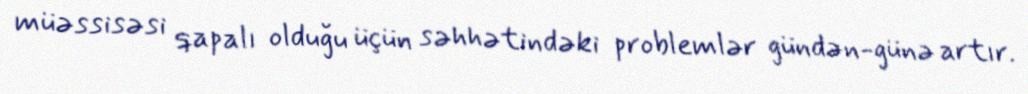
müəssisəsi qapalı olduğu üçün səhhətindəki problemlər gündən-günə artır.